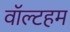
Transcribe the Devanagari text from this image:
वॉल्टहम